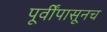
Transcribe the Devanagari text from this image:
पूर्वींपासूनच